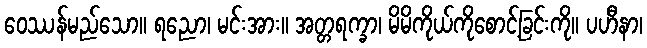
ဝေဿန်မည်သော။ ရညော၊ မင်းအား။ အတ္တရက္ခာ၊ မိမိကိုယ်ကိုစောင့်ခြင်းကို။ ပဟီနာ၊